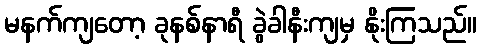
မနက်ကျတော့ ခုနစ်နာရီ ခွဲခါနီးကျမှ နိုးကြသည်။